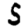
Digit: 5